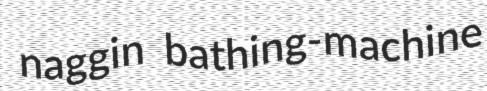
naggin bathing-machine